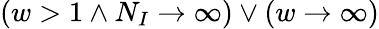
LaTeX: \left(w>1\land N_{I}\rightarrow\infty\right)\lor(w\rightarrow\infty)